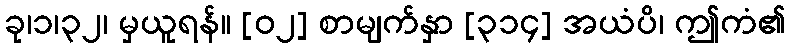
ခု၊၁၊၃၂၊ မှယူရန်။ [၀၂] စာမျက်နှာ [၃၁၄] အယံပိ၊ ဤကံ၏